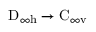
\mathrm { D } _ { \infty \mathrm { h } } \to \mathrm { C } _ { \infty \mathrm { v } }